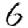
Digit: 6